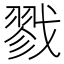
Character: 戮